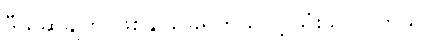
ဒီယူဆချက် ဖြစ်နိုင်ခြေရှိတယ်လို့ သုံးသပ်ပါတယ်။